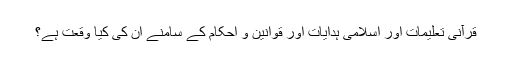
قرآنی تعلیمات اور اسلامی ہدایات اور قوانین و احکام کے سامنے ان کی کیا وقعت ہے؟